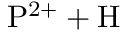
\mathrm { P ^ { 2 + } + H }